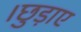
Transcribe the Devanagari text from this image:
।छुड़ाए